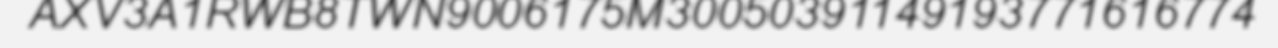
AXV3A1RWB8TWN9006175M30050391149193771616774